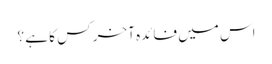
اس میں فائدہ آخر کس کا ہے ؟